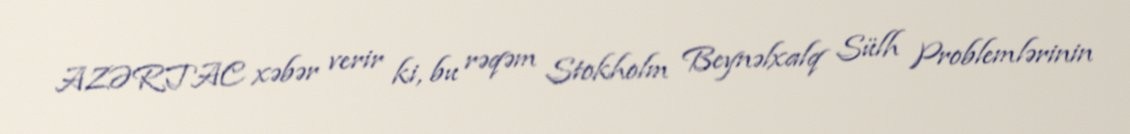
AZƏRTAC xəbər verir ki, bu rəqəm Stokholm Beynəlxalq Sülh Problemlərinin